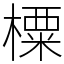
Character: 㯨